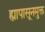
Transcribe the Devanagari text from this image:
ह्यापासूनमुक्त